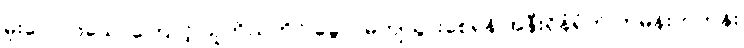
မူးဝေလာသောကြောင့် သူကိုယ်တိုင် ခွေလဲမကျသွားစေရန် အနီးရှိနံရံကို ကမန်းကတန်း